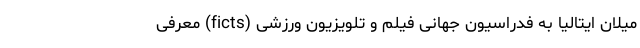
میلان ایتالیا به فدراسیون جهانی فیلم و تلویزیون ورزشی (ficts) معرفی